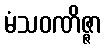
မံသဝဏိဇ္ဇာ